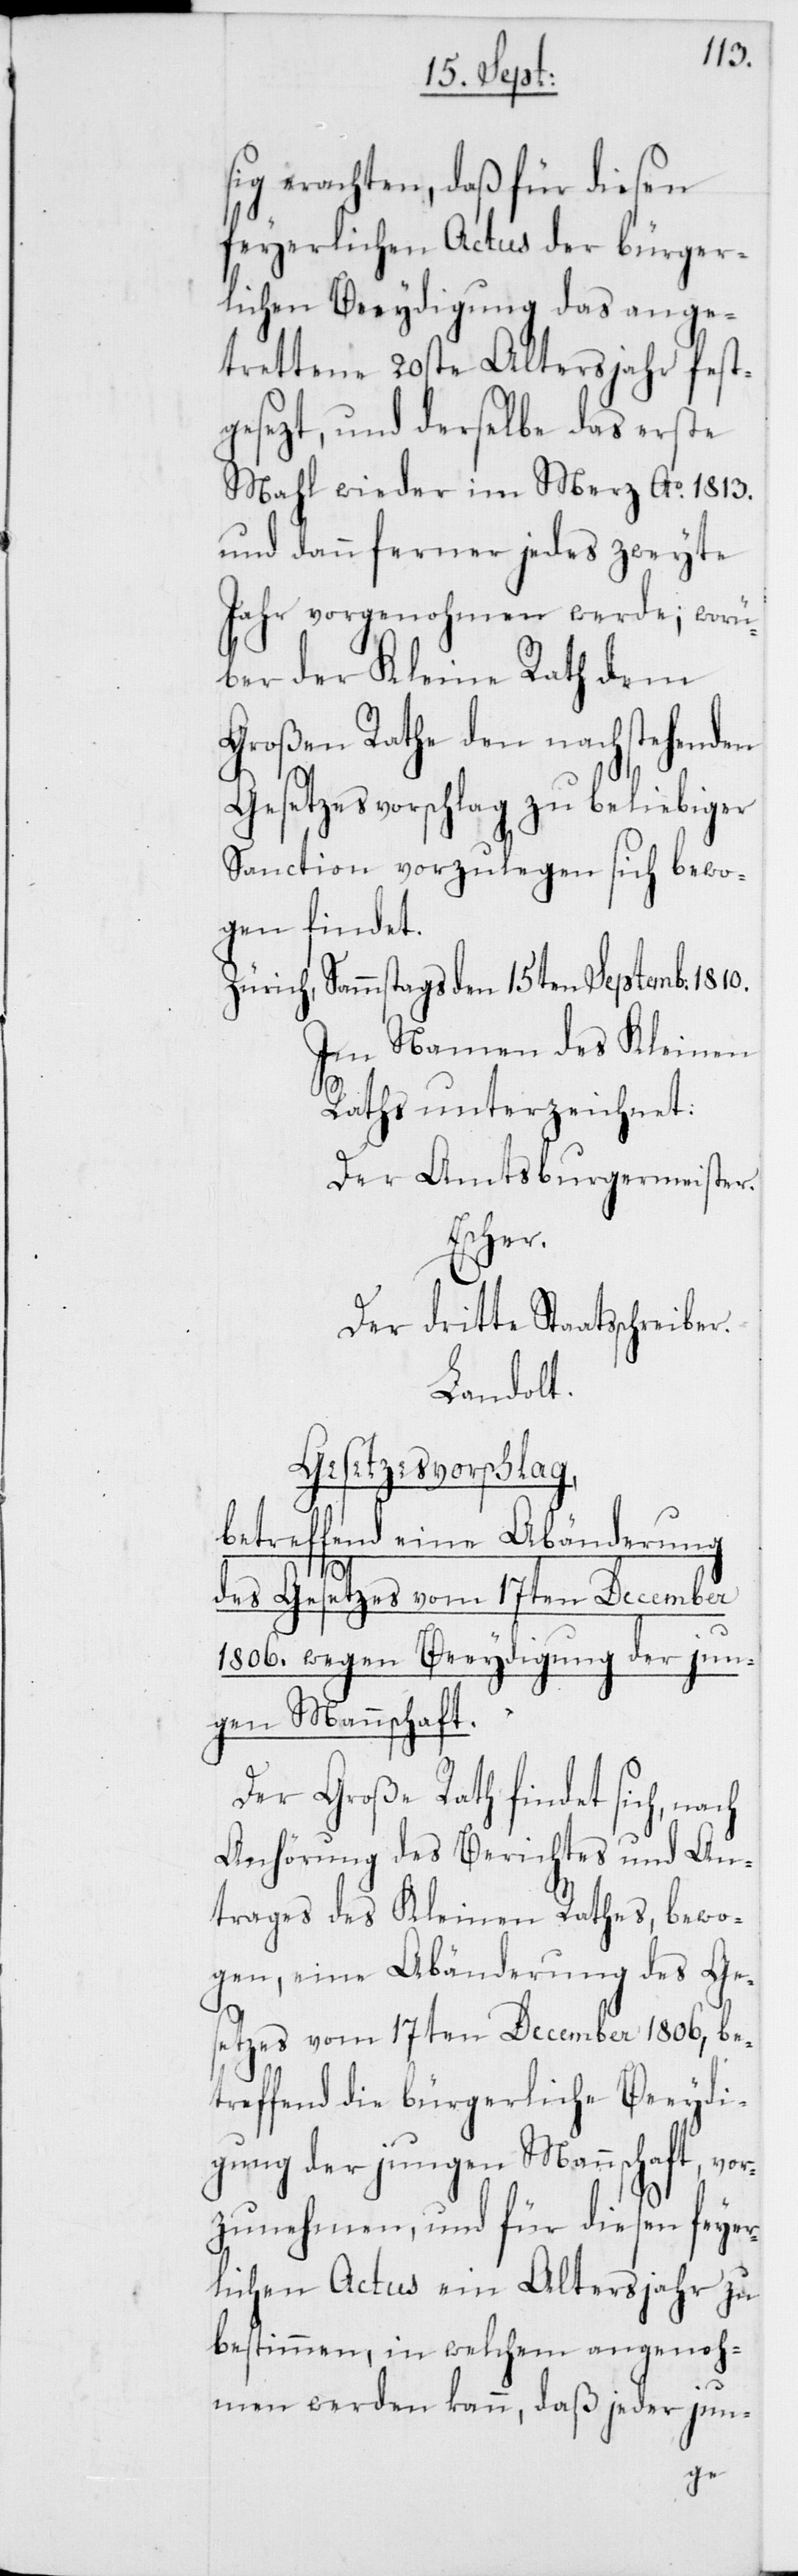
sig erachten, daß für diesen
feyerlichen Actus der bürger¬
lichen Beeydigung das ange¬
trettene 20ste Altersjahr fest¬
gesezt, und derselbe das erste
Mahl wieder im Merz Ao. 1813.
und dann ferner jedes zweyte
Jahr vorgenohmen werde; worü¬
ber der Kleine Rath dem
Großen Rathe den nachstehenden
Gesetzesvorschlag zu beliebiger
Sanction vorzulegen sich bewo¬
gen findet.
Zürich, Sammstags den 15ten Septemb: 1810.
Im Namen des Kleinen
Raths unterzeichnet:
Der Amtsburgermeister.
Escher.
Der dritte Staatsschreiber.
Landolt.
Gesetzesvorschlag,
betreffend eine Abänderung
des Gesetzes vom 17ten December
1806. wegen Beeydigung der jun¬
gen Mannschaft.
Der Große Rath findet sich, nach
Anhörung des Berichtes und An¬
trages des Kleinen Rathes, bewo¬
gen, eine Abänderung des Ge¬
setzes vom 17ten December 1806, be¬
treffend die bürgerliche Beeydi¬
gung der jungen Mannschaft, vor¬
zunehmen, und für diesen feyer¬
lichen Actus ein Altersjahr zu
bestimmen, in welchem angenoh¬
men werden kann, daß jeder jun-